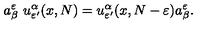
a _ { \beta } ^ { \varepsilon } \ u _ { \varepsilon ^ { \prime } } ^ { \alpha } ( x , N ) = u _ { \varepsilon ^ { \prime } } ^ { \alpha } ( x , N - \varepsilon ) a _ { \beta } ^ { \varepsilon } .